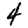
Digit: 4